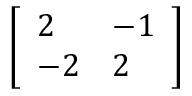
\left[ { \begin{array} { l l } { 2 } & { - 1 } \\ { - 2 } & { 2 } \end{array} } \right]